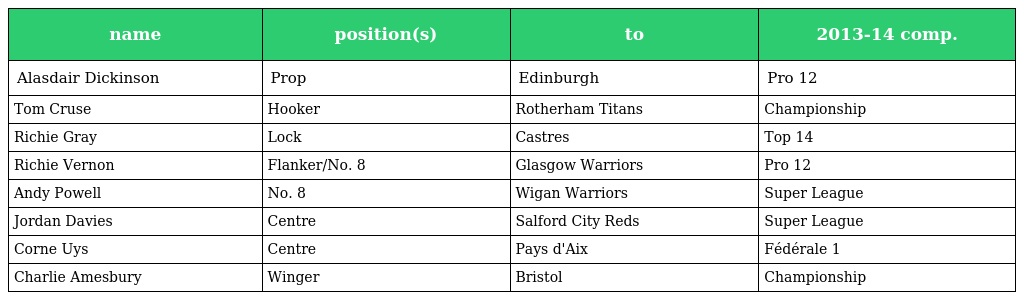
| name | position(s) | to | 2013-14 comp. |
 | --- | --- | --- | --- |
 | Alasdair Dickinson | Prop | Edinburgh | Pro 12 |
 | Tom Cruse | Hooker | Rotherham Titans | Championship |
 | Richie Gray | Lock | Castres | Top 14 |
 | Richie Vernon | Flanker/No. 8 | Glasgow Warriors | Pro 12 |
 | Andy Powell | No. 8 | Wigan Warriors | Super League |
 | Jordan Davies | Centre | Salford City Reds | Super League |
 | Corne Uys | Centre | Pays d'Aix | Fédérale 1 |
 | Charlie Amesbury | Winger | Bristol | Championship |